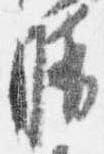
晴